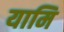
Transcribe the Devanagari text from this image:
यामि